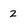
Character: 2